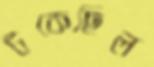
টকেছিল